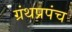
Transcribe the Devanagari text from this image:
ग्रंथप्रपंच